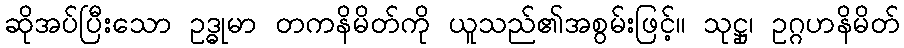
ဆိုအပ်ပြီးသော ဥဒ္ဓုမာ တကနိမိတ်ကို ယူသည်၏အစွမ်းဖြင့်။ သုဋ္ဌု၊ ဥဂ္ဂဟနိမိတ်